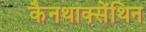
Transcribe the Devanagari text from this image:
कैनथाक्सेंथिन